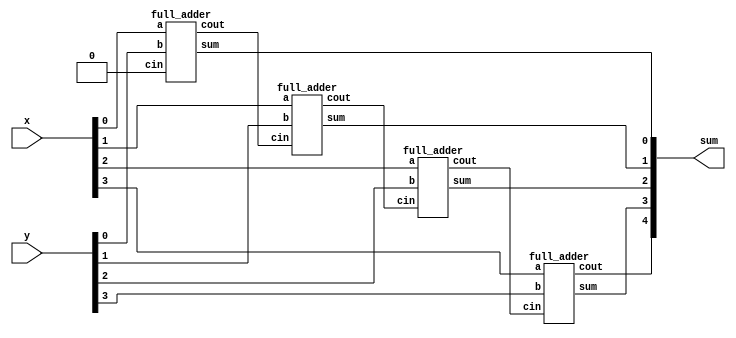
module top_module (
    input  [3:0] x,
    input  [3:0] y,
    output [4:0] sum
);

    supply0 logic_0;
    wire [3:1] carry;

    full_adder sub_adder[3:0] (
        .a(x[3:0]),
        .b(y[3:0]),
        .cin({carry[3:1], logic_0}),
        .cout({sum[4], carry[3:1]}),
        .sum(sum[3:0])
    );
endmodule



module full_adder (
    input  a,
    b,
    cin,
    output sum,
    cout
);
    assign {cout, sum} = a + b + cin;

endmodule  //full_adder